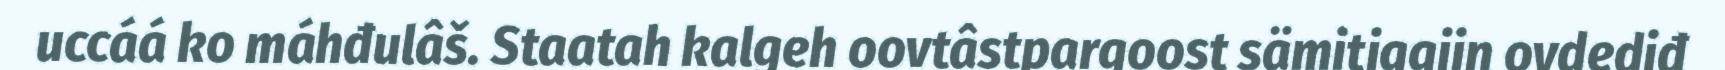
uccáá ko máhđulâš. Staatah kalgeh oovtâstpargoost sämitiggijn ovdediđ